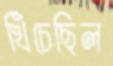
খিঁচেছিল